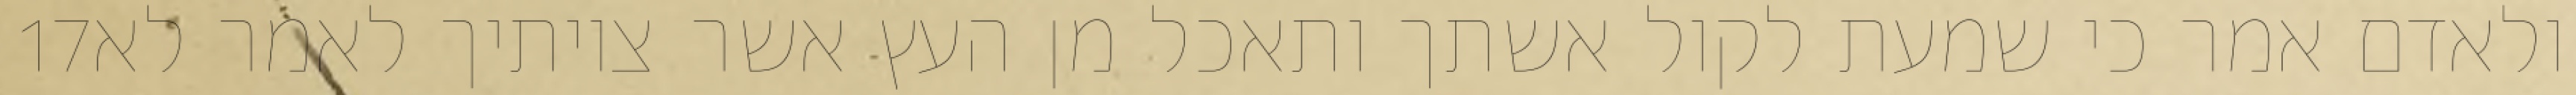
‎17‏ ולאדם אמר כי שמעת לקול אשתך ותאכל מן העץ אשר צויתיך לאמר לא